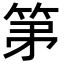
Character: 𮅏